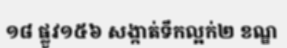
១៨ ផ្លូវ១៥៦ សង្កាត់ទឹកល្អក់២ ខណ្ឌ